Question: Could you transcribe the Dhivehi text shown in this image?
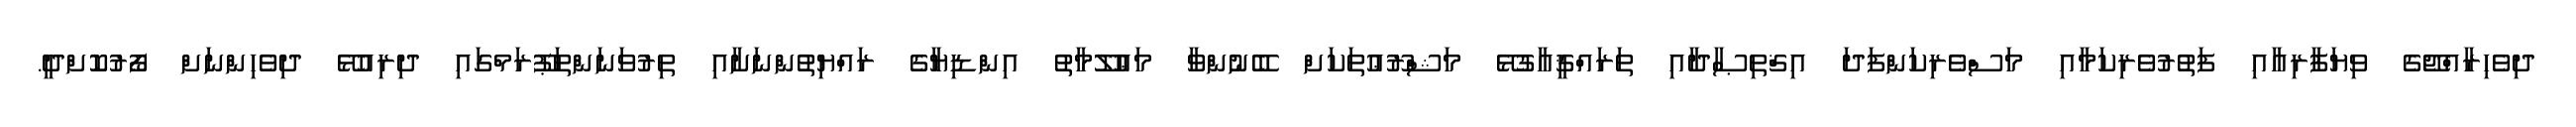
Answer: ދިވެހިރާއްޖޭގެ ވިޔަފާރިއާއި ފަތުރުވެރިކަމާއި މަސްވެރިކަންފަދަ އިޤްތިޞާދާއި ތަރައްޤީއާގުޅޭ މަޝްރޫޢުތަކަށް ބޭނުންވާ މަޢުލޫމާތު އިންޑިޔާގެ ރައްޔިތުންނަށާއި ތިރުވަނަންތަޕޫރަމްގައި ދިރިއުޅޭ ދިވެހިންނަށް ފޯރުކޮށްދީ.